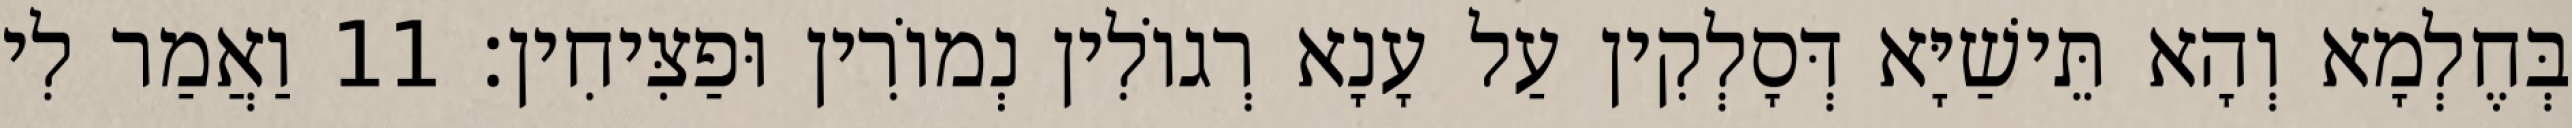
בְּחֶלְמָא וְהָא תֵּישַׁיָּא דְּסָלְקִין עַל עָנָא רְגוֹלִין נְמוֹרִין וּפַצִּיחִין׃ 11 וַאֲמַר לִי